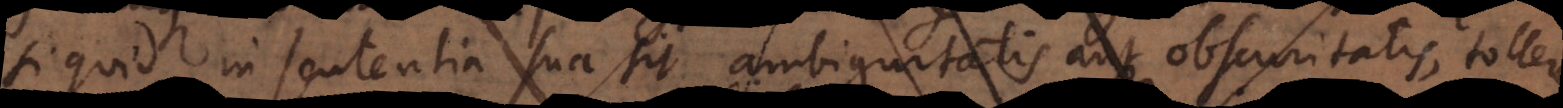
si quid in sententia sua sit ambiguitatis aut obscuritatis, tollere